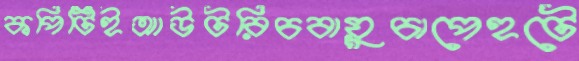
কপিটিইআউটরিচবায়ুচাপেহটে